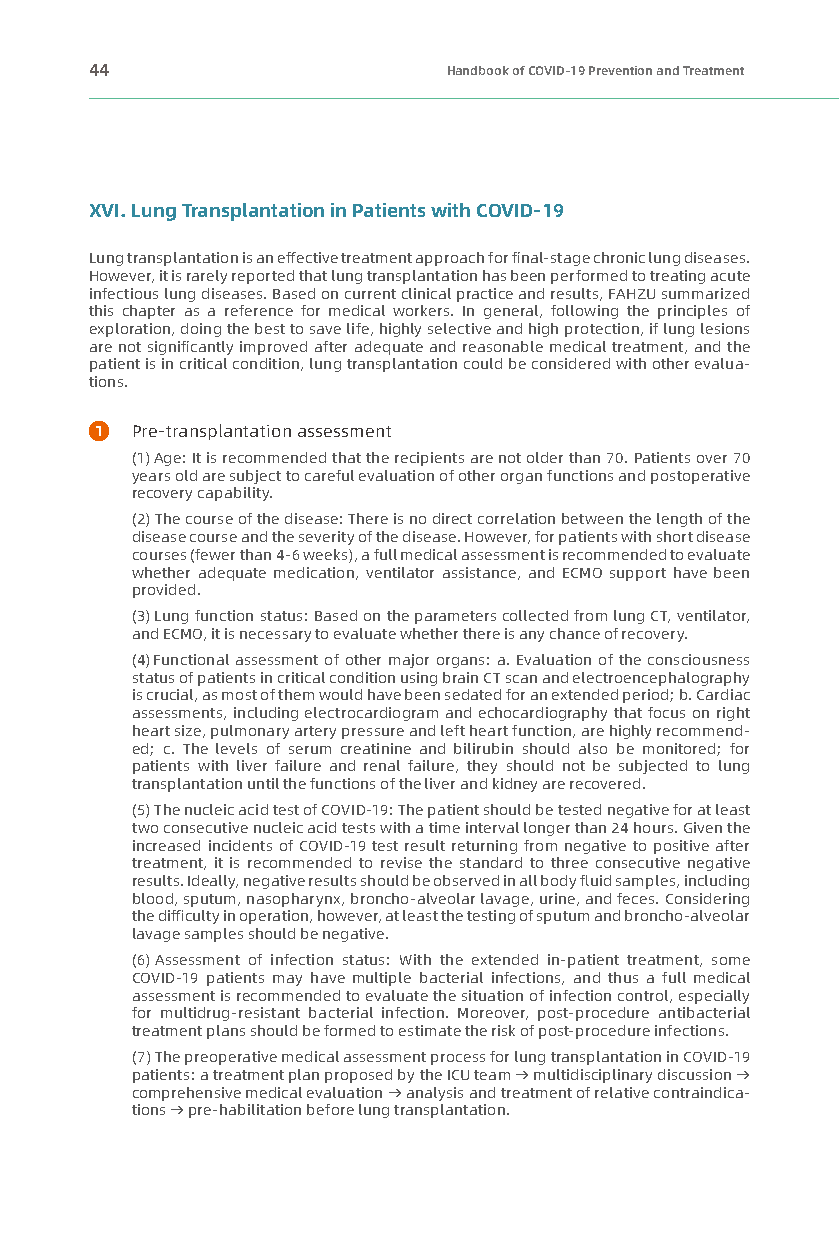
44                      Handbook of COVID-19 Prevention and Treatment
 XVI. Lung Transplantation in Patients with COVID-19
 Lung transplantation is an effective treatment approach for final-stage chronic lung diseases.
 However, it is rarely reported that lung transplantation has been performed to treating acute
 infectious lung diseases. Based on current clinical practice and results, FAHZU summarized
 this chapter as a reference for medical workers. In general, following the principles of
 exploration, doing the best to save life, highly selective and high protection, if lung lesions
 are not significantly improved after adequate and reasonable medical treatment, and the
 patient is in critical condition, lung transplantation could be considered with other evalua-
 tions.
 1  Pre-transplantation assessment
 (1) A ge: It is recommended that the recipients are not older than 70. Patients over 70
 years old are subject to careful evaluation of other organ functions and postoperative
 recovery capability.
 (2) The course of the disease: There is no direct correlation between the length of the
 disease course and the severity of the disease. However, for patients with short disease
 courses (fewer than 4-6 weeks), a full medical assessment is recommended to evaluate
 whether adequate medication, ventilator assistance, and ECMO support have been
 provided.
 (3) Lung function status: Based on the parameters collected from lung CT, ventilator,
 and ECMO, it is necessary to evaluate whether there is any chance of recovery.
 (4) Functional assessment of other major organs: a. Evaluation of the consciousness
 status of patients in critical condition using brain CT scan and electroencephalography
 is crucial, as most of them would have been sedated for an extended period; b. Cardiac
 assessments, including electrocardiogram and echocardiography that focus on right
 heart size, pulmonary artery pressure and left heart function, are highly recommend-
 ed; c. The levels of serum creatinine and bilirubin should also be monitored; for
 patients with liver failure and renal failure, they should not be subjected to lung
 transplantation until the functions of the liver and kidney are recovered.
 (5) The nucleic acid test of COVID-19: The patient should be tested negative for at least
 two consecutive nucleic acid tests with a time interval longer than 24 hours. Given the
 increased incidents of COVID-19 test result returning from negative to positive after
 treatment, it is recommended to revise the standard to three consecutive negative
 results. Ideally, negative results should be observed in all body fluid samples, including
 blood, sputum, nasopharynx, broncho-alveolar lavage, urine, and feces. Considering
 the difficulty in operation, however, at least the testing of sputum and broncho-alveolar
 lavage samples should be negative.
 (6) Assessment of infection status: With the extended in-patient treatment, some
 COVID-19 patients may have multiple bacterial infections, and thus a full medical
 assessment is recommended to evaluate the situation of infection control, especially
 for multidrug-resistant bacterial infection. Moreover, post-procedure antibacterial
 treatment plans should be formed to estimate the risk of post-procedure infections.
 (7) The preoperative medical assessment process for lung transplantation in COVID-19
 patients: a treatment plan proposed by the ICU team → multidisciplinary discussion →
 comprehensive medical evaluation → analysis and treatment of relative contraindica-
 tions → pre-habilitation before lung transplantation.